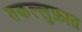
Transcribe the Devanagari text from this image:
तकल्लुफ़ात